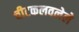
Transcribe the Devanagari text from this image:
चीटकलवलेले